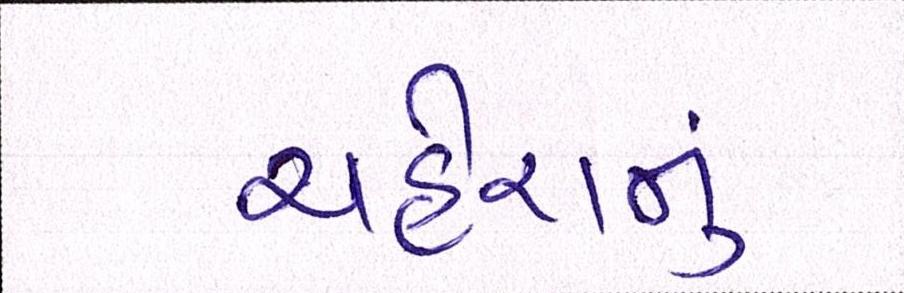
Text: ચહેરાનું